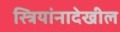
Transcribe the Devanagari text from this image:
स्त्रियांनादेखील